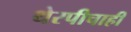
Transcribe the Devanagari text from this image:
थेरपीचाही